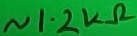
Text: ~1.2kΩ